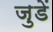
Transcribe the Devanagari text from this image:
जुडें